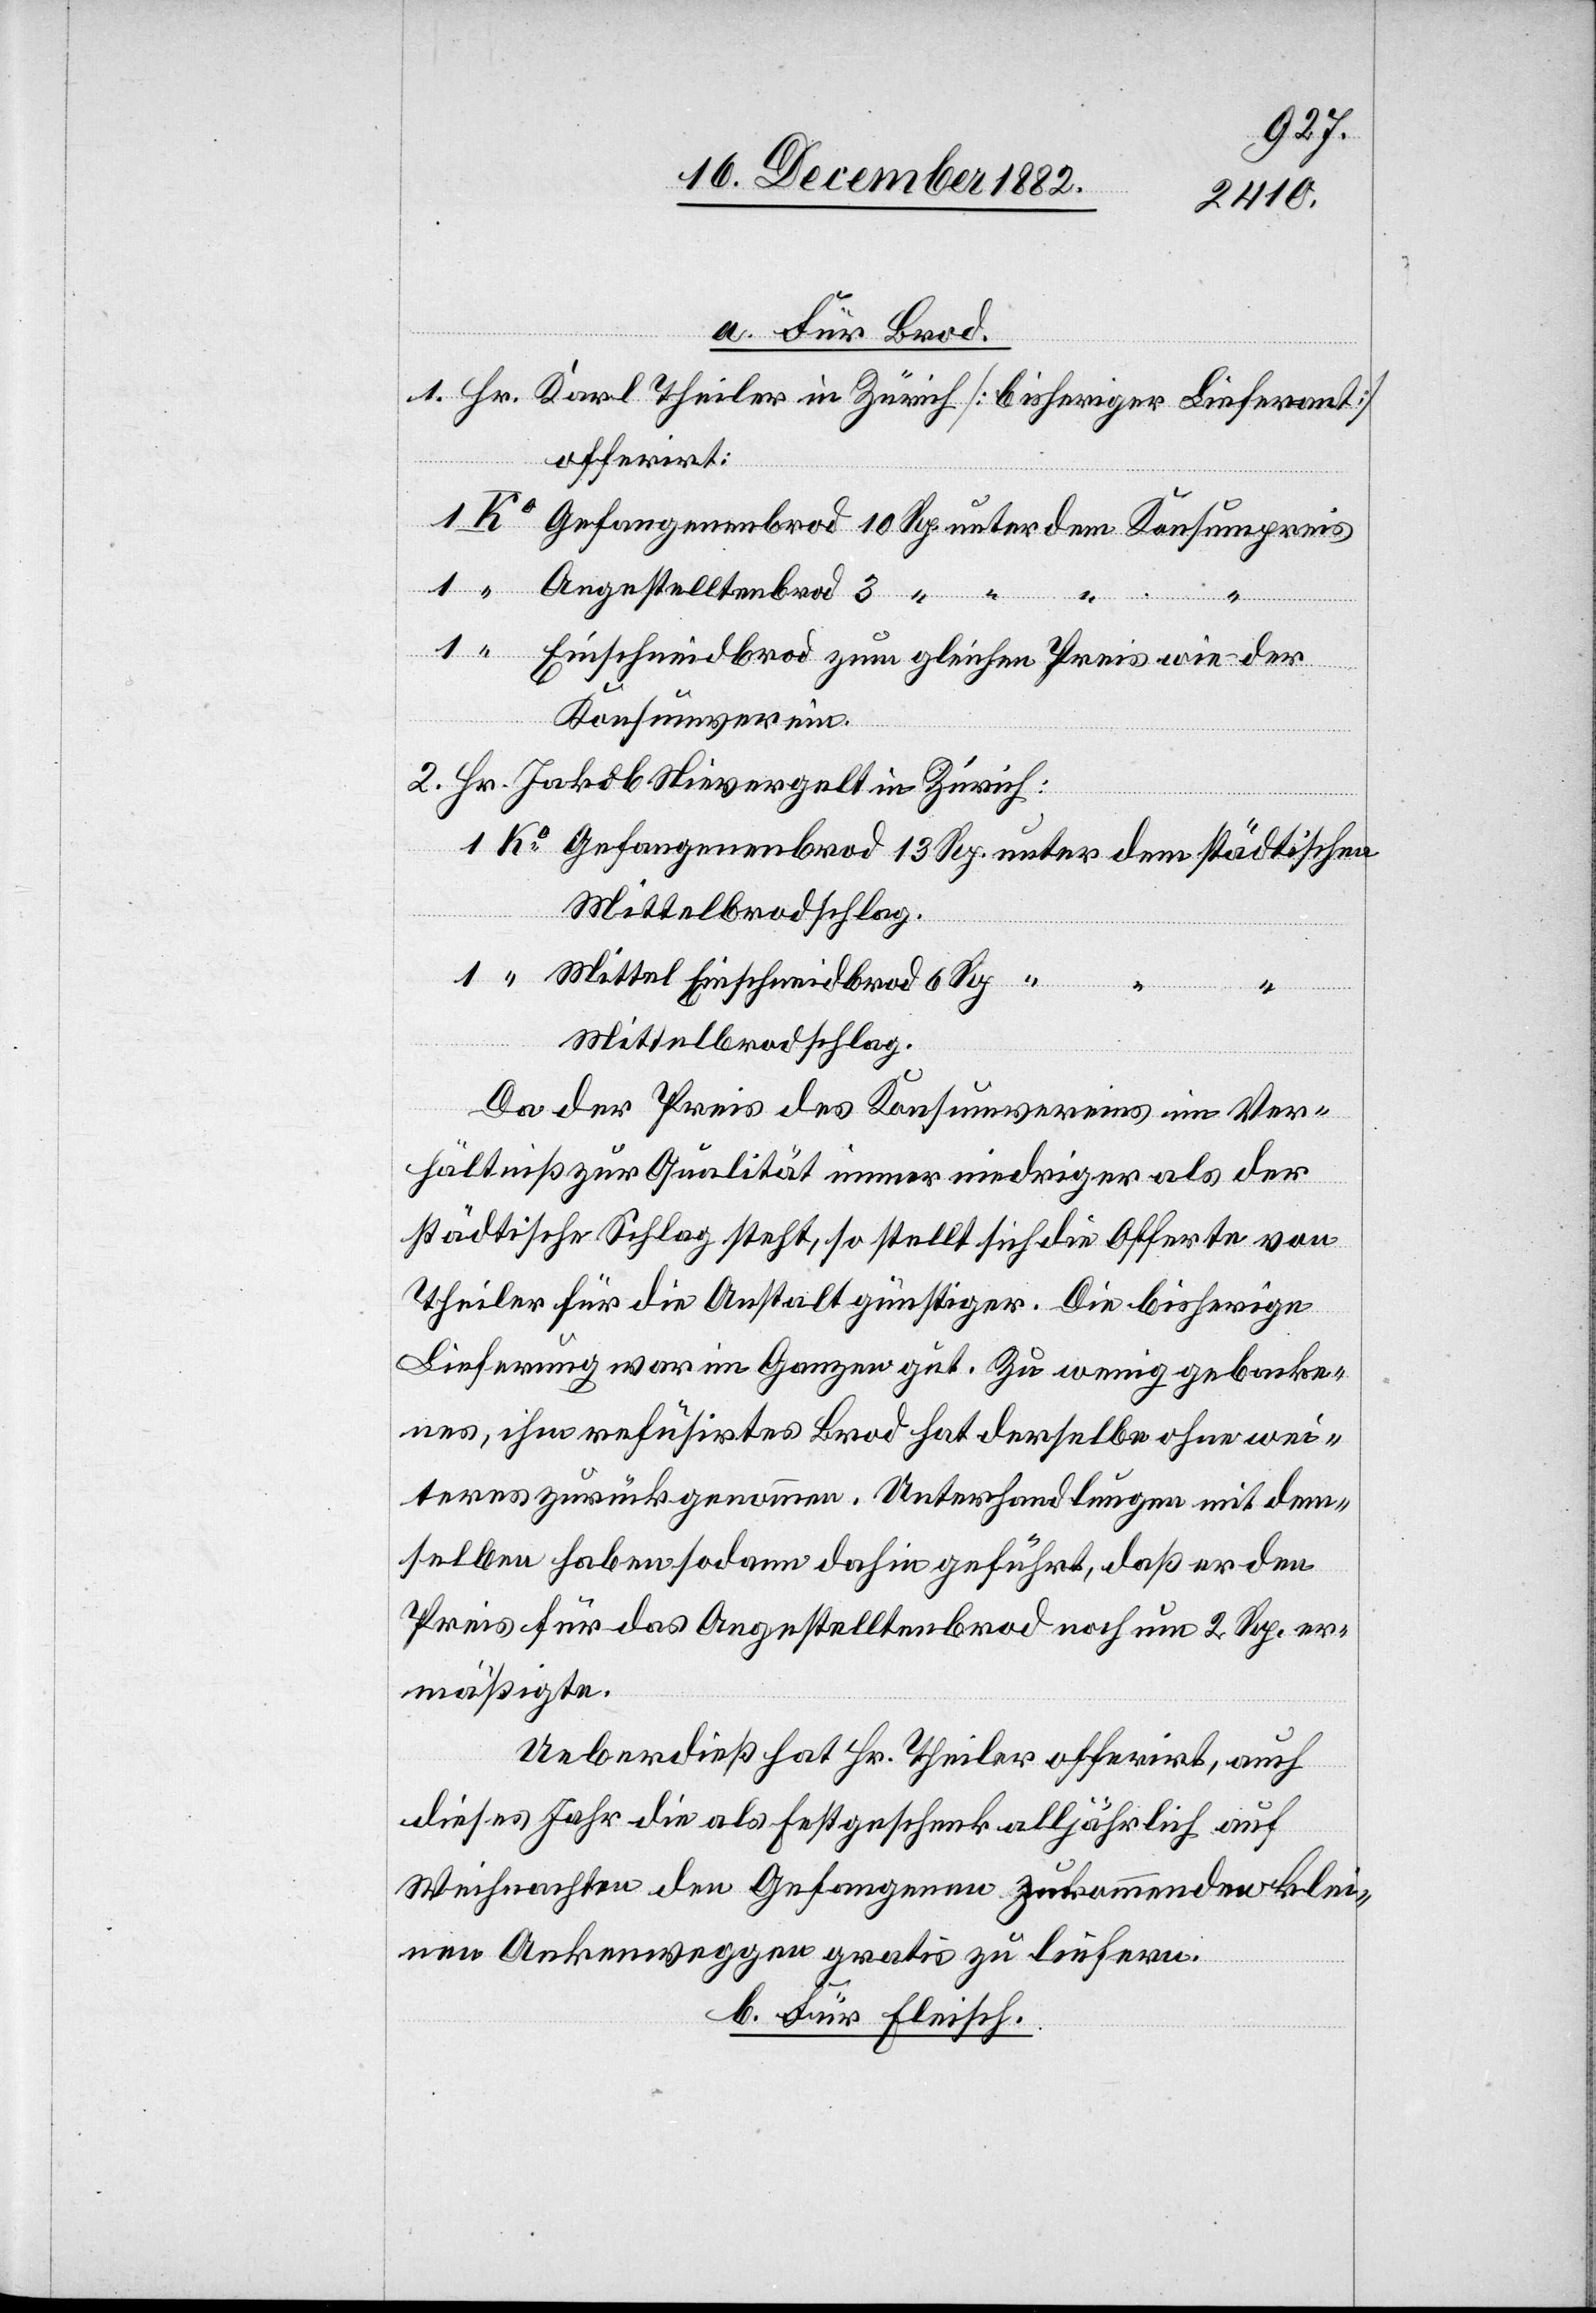
a. Für Brod.
offerirt:
Gefangenenbrod 10 Rp. unter den Konsumpreis
Angestelltenbrod 3 “ “
Ko
Einschneidbrod zum gleichen Preis wie der
Konsumverein
Gefangenenbrod 13 Rp. unter dem städtischen
Mittelbrodschlag.
Mittel Einschneidbrod 6 Rp.
Mittelbrodschlag.
Da der Preis des Konsumvereins im Ver¬
hältniß zur Qualität immer niedriger als der
städtische Schlag steht, so stellt sich die Offerte von
Theiler für die Anstalt günstiger. Die bisherige
Lieferung war im Ganzen gut. Zu wenig gebacke¬
nes, ihm refüsirtes Brod hat derselbe ohne wei¬
teres zurückgenommen. Unterhandlungen mit dem¬
selben haben sodann dahin geführt, daß er den
Preis für das Angestelltenbrod noch um 2 Rp. er¬
mäßigte.
Ueberdieß hat Hr. Theiler offerirt, auch
dieses Jahr die als Festgeschenk alljährlich auf
Weihnachten den Gefangenen zukommenden klei¬
nen Ankenweggen gratis zu liefern.
b. Für Fleisch.